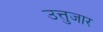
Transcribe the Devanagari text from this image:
उत्तुजार